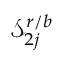
\mathcal { S } _ { 2 j } ^ { r / b }